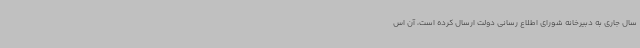
سال جاری به دبیرخانه شورای اطلاع رسانی دولت ارسال کرده است، آن اس